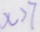
x > 7